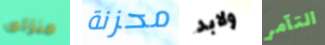
منزلى محزنة ولابد التآمر